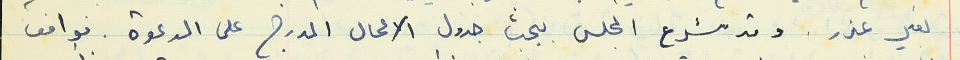
بغير عذر. وقد شرع المجلس ببحث جدول الاعمال المدرج على الدعوة . فوافق